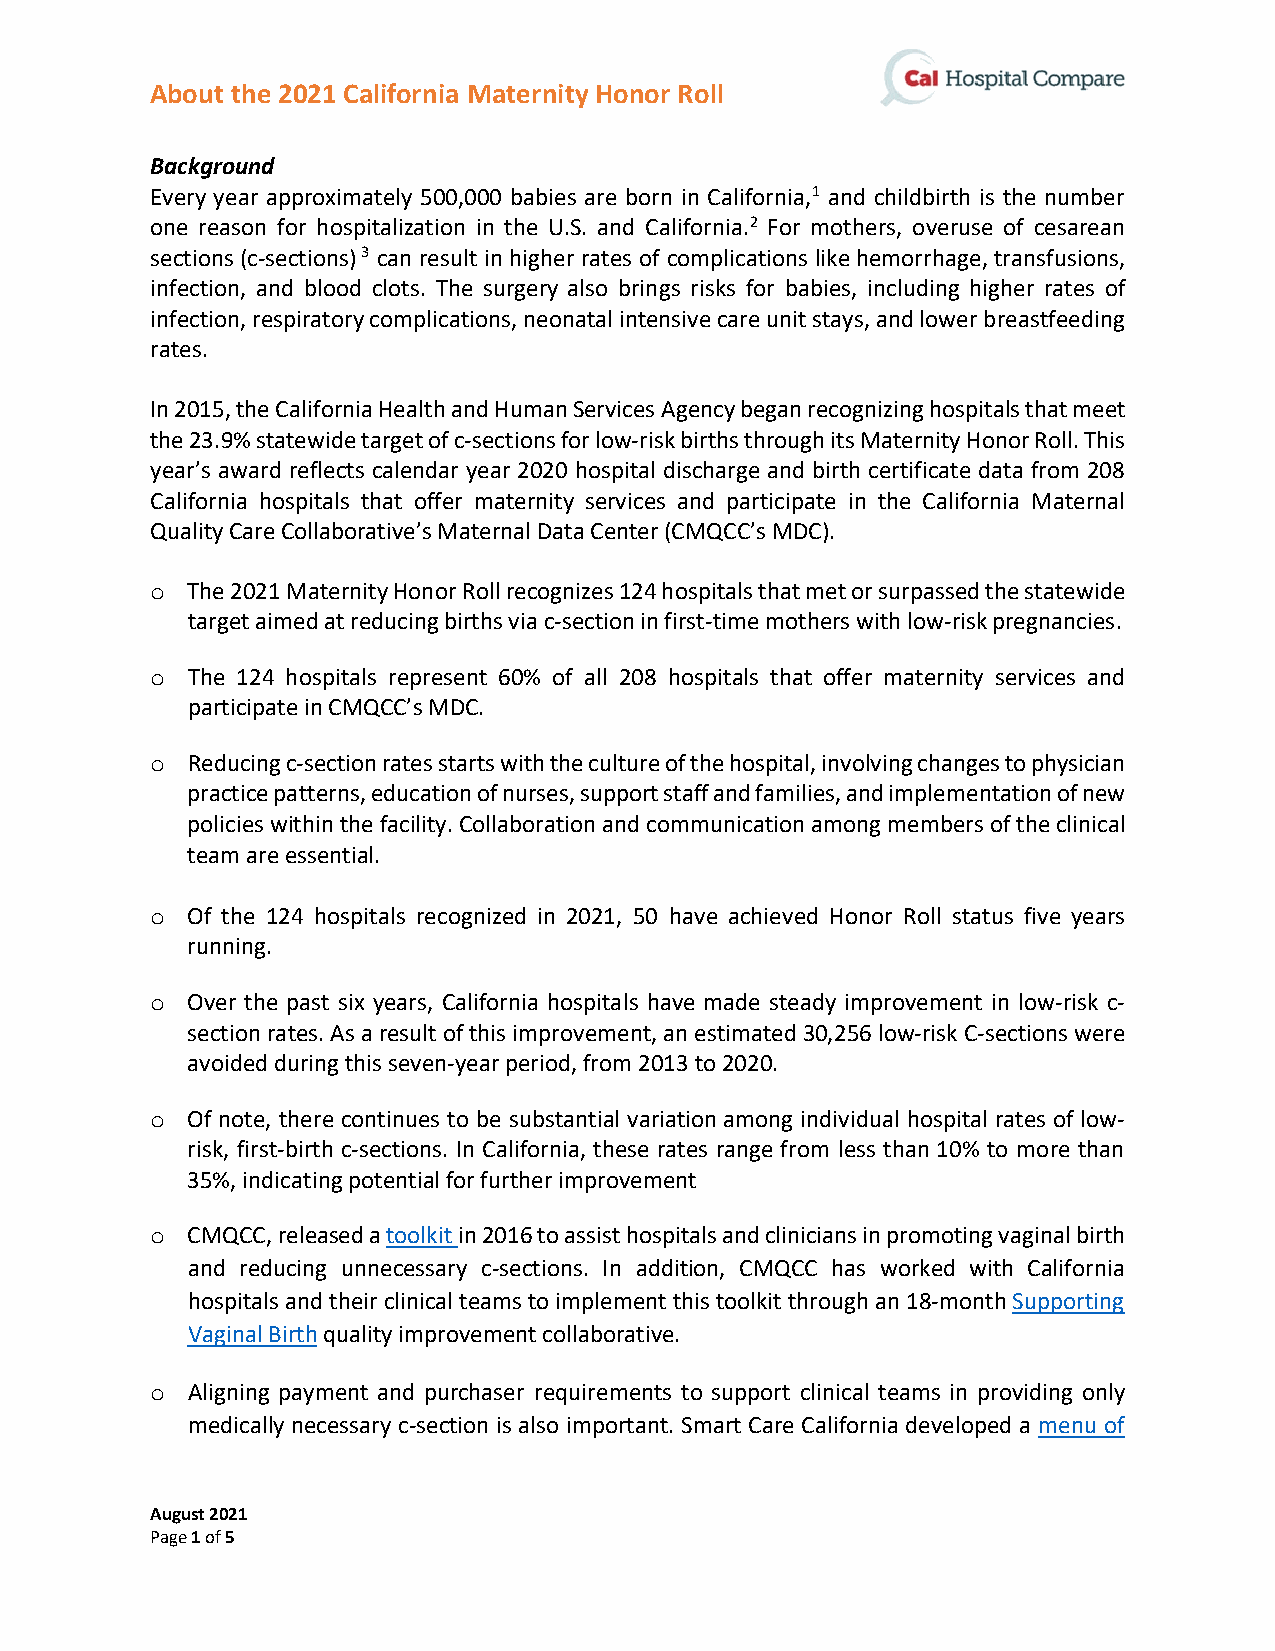
About the 2021 California Maternity Honor Roll
 Background
 Every year approximately 500,000 babies are born in California,1 and childbirth is the number
 one reason for hospitalization in the U.S. and California.2 For mothers, overuse of cesarean
 sections (c-sections) 3 can result in higher rates of complications like hemorrhage, transfusions,
 infection, and blood clots. The surgery also brings risks for babies, including higher rates of
 infection, respiratory complications, neonatal intensive care unit stays, and lower breastfeeding
 rates.
 In 2015, the California Health and Human Services Agency began recognizing hospitals that meet
 the 23.9% statewide target of c-sections for low-risk births through its Maternity Honor Roll. This
 year’s award reflects calendar year 2020 hospital discharge and birth certificate data from 208
 California hospitals that offer maternity services and participate in the California Maternal
 Quality Care Collaborative’s Maternal Data Center (CMQCC’s MDC).
 The 2021 Maternity Honor Roll recognizes 124 hospitals that met or surpassed the statewide
 o
 target aimed at reducing births via c-section in first-time mothers with low-risk pregnancies.
 The 124 hospitals represent 60% of all 208 hospitals that offer maternity services and
 o
 participate in CMQCC’s MDC.
 Reducing c-section rates starts with the culture of the hospital, involving changes to physician
 o
 practice patterns, education of nurses, support staff and families, and implementation of new
 policies within the facility. Collaboration and communication among members of the clinical
 team are essential.
 Of the 124 hospitals recognized in 2021, 50 have achieved Honor Roll status five years
 o
 running.
 Over the past six years, California hospitals have made steady improvement in low-risk c-
 o
 section rates. As a result of this improvement, an estimated 30,256 low-risk C-sections were
 avoided during this seven-year period, from 2013 to 2020.
 Of note, there continues to be substantial variation among individual hospital rates of low-
 o
 risk, first-birth c-sections. In California, these rates range from less than 10% to more than
 35%, indicating potential for further improvement
 CMQCC, released a toolkit in 2016 to assist hospitals and clinicians in promoting vaginal birth
 o
 and reducing unnecessary c-sections. In addition, CMQCC has worked with California
 hospitals and their clinical teams to implement this toolkit through an 18-month Supporting
 Vaginal Birth quality improvement collaborative.
 Aligning payment and purchaser requirements to support clinical teams in providing only
 o
 medically necessary c-section is also important. Smart Care California developed a menu of
 August 2021
 Page 1 of 5